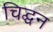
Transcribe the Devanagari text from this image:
चिद्घन